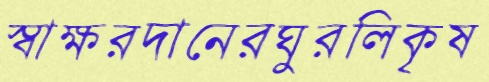
স্বাক্ষরদানেরঘুরলিকৃষ